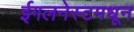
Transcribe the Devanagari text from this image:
ईगलनेस्टमधून